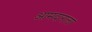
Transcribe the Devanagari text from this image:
आमदाराला